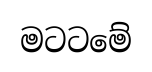
මටටමේ